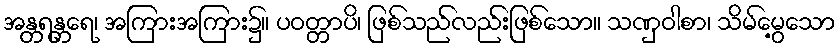
အန္တရန္တရေ၊ အကြားအကြား၌။ ပဝတ္တာပိ၊ ဖြစ်သည်လည်းဖြစ်သော။ သဏှဝါစာ၊ သိမ်မွေ့သော